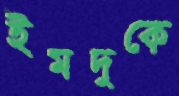
ইমদুকে